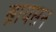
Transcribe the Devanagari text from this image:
ब्रायसन